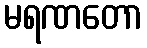
မရဏတော